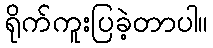
ရိုက်ကူးပြခဲ့တာပါ။